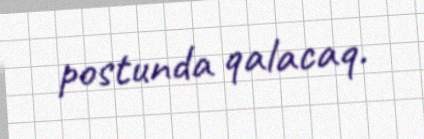
postunda qalacaq.